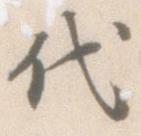
代